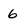
Character: 6